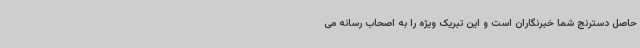
حاصل دسترنج شما خبرنگاران است و این تبریک ویژه را به اصحاب رسانه می